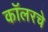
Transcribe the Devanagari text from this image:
कॉलरचे